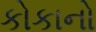
કોકાનો